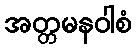
အတ္တမနဝါစံ